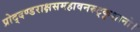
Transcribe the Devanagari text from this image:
प्रोद्दण्डराक्षसमहावनरुट्कृशानो।